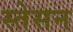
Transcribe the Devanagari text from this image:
स्तेसन